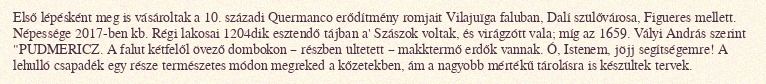
Első lépésként meg is vásároltak a 10. századi Quermanco erődítmény romjait Vilajuïga faluban, Dalí szülővárosa, Figueres mellett. Népessége 2017-ben kb. Régi lakosai 1204dik esztendő tájban a' Szászok voltak, és virágzótt vala; míg az 1659. Vályi András szerint "PUDMERICZ. A falut kétfelől övező dombokon – részben ültetett – makktermő erdők vannak. Ó, Istenem, jöjj segítségemre! A lehulló csapadék egy része természetes módon megreked a kőzetekben, ám a nagyobb mértékű tárolásra is készültek tervek.